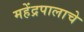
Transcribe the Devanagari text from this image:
महेंद्रपालाचे